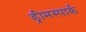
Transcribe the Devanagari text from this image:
ड्रीमस्पार्क